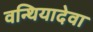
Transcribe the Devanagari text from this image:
वन्थियादेवा